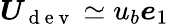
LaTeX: \boldsymbol{U}_{\mathrm{~d~e~v~}}\simeq u_{b}\boldsymbol{e}_{1}